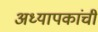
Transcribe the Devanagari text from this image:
अध्यापकांची